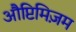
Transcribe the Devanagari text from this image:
औप्टिमिज़म